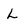
Character: L